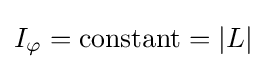
I_{\varphi }={\text{constant}}=|L|